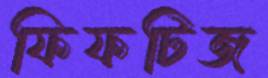
ফিফটিজ